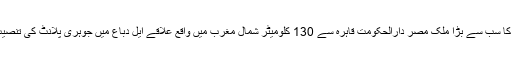
آبادی کے لحاظ سے عرب دنیا کا سب سے بڑا ملک مصر دارالحکومت قاہرہ سے 130 کلومیٹر شمال مغرب میں واقع علاقے ایل دباع میں جوہری پلانٹ کی تنصیب کی منصوبہ بندی کررہا ہے۔